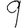
Digit: 9